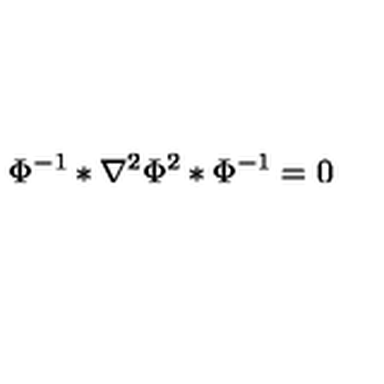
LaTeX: \Phi ^ { - 1 } * \nabla ^ { 2 } \Phi ^ { 2 } * \Phi ^ { - 1 } = 0